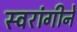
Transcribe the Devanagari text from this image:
स्वरांगीने